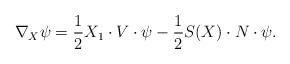
LaTeX: \begin{align*}\nabla_X\psi=\frac{1}{2}X_1\cdot V\cdot\psi-\frac{1}{2}S(X)\cdot N\cdot\psi.\end{align*}